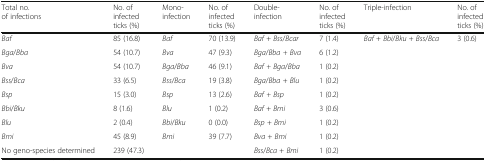
<table><thead><tr><td><b>Total no. of infections</b></td><td><b>No. of infected ticks (%)</b></td><td><b>Mono-infection</b></td><td><b>No. of infected ticks (%)</b></td><td><b>Double-infection</b></td><td><b>No. of infected ticks (%)</b></td><td><b>Triple-infection</b></td><td><b>No. of infected ticks (%)</b></td></tr></thead><tbody><tr><td><i>Baf</i></td><td>85 (16.8)</td><td><i>Baf</i></td><td>70 (13.9)</td><td><i>Baf</i> + <i>Bss</i>/<i>Bcar</i></td><td>7 (1.4)</td><td><i>Baf</i> + <i>Bbi</i>/<i>Bku</i> + <i>Bss</i>/<i>Bca</i></td><td>3 (0.6)</td></tr><tr><td><i>Bga</i>/<i>Bba</i></td><td>54 (10.7)</td><td><i>Bva</i></td><td>47 (9.3)</td><td><i>Bga</i>/<i>Bba + Bva</i></td><td>6 (1.2)</td><td></td><td></td></tr><tr><td><i>Bva</i></td><td>54 (10.7)</td><td><i>Bga</i>/<i>Bba</i></td><td>46 (9.1)</td><td><i>Baf + Bga</i>/<i>Bba</i></td><td>1 (0.2)</td><td></td><td></td></tr><tr><td><i>Bss</i>/<i>Bca</i></td><td>33 (6.5)</td><td><i>Bss</i>/<i>Bca</i></td><td>19 (3.8)</td><td><i>Bga</i>/<i>Bba</i> + <i>Blu</i></td><td>1 (0.2)</td><td></td><td></td></tr><tr><td><i>Bsp</i></td><td>15 (3.0)</td><td><i>Bsp</i></td><td>13 (2.6)</td><td><i>Baf + Bsp</i></td><td>1 (0.2)</td><td></td><td></td></tr><tr><td><i>Bbi</i>/<i>Bku</i></td><td>8 (1.6)</td><td><i>Blu</i></td><td>1 (0.2)</td><td><i>Baf</i> + <i>Bmi</i></td><td>3 (0.6)</td><td></td><td></td></tr><tr><td><i>Blu</i></td><td>2 (0.4)</td><td><i>Bbi</i>/<i>Bku</i></td><td>0 (0.0)</td><td><i>Bsp</i> + <i>Bmi</i></td><td>1 (0.2)</td><td></td><td></td></tr><tr><td><i>Bmi</i></td><td>45 (8.9)</td><td><i>Bmi</i></td><td>39 (7.7)</td><td><i>Bva</i> + <i>Bmi</i></td><td>1 (0.2)</td><td></td><td></td></tr><tr><td>No geno-species determined</td><td>239 (47.3)</td><td></td><td></td><td><i>Bss</i>/<i>Bca</i> + <i>Bmi</i></td><td>1 (0.2)</td><td></td><td></td></tr></tbody></table>